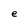
Character: e